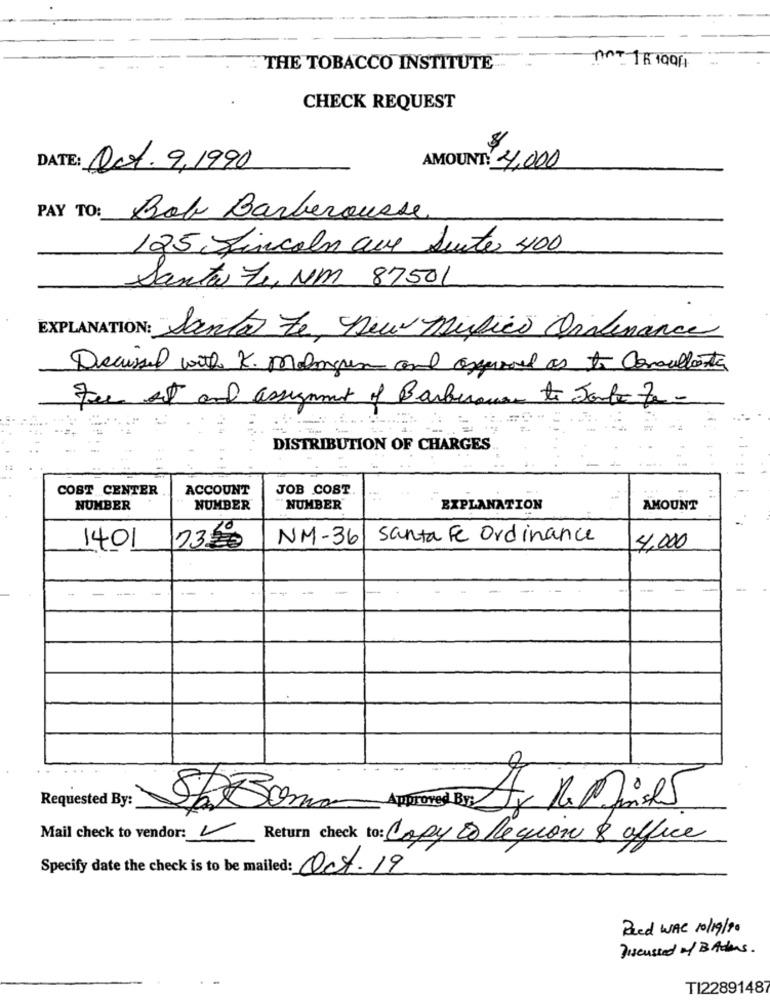
THE TOBACCO INSTITUTE
CHECK REQUEST
DATE: Oct. 9,1990
AMOUNT: 4,000
PAY TO:
Bob Barberousse
125 Lincoln que Suite 400
Santa Fe, NM 87501
EXPLANATION: Santa Le Deu Músico Onafinance
Decaissed with K. mangun and angermed as to Consultante
For st and assignment of Barberousse to Joule for-
DISTRIBUTION OF CHARGES
COST CENTER
ACCOUNT
JOB COST.
NUMBER
NUMBER
NUMBER
EXPLANATION
AMOUNT
NM-36
santa Fe Ordinance
1401
2300
4.000
-
Requested By:
Mail check to vendor: V Return check to: Copy & Region & office
Specify date the check is to be mailed: Oct.19
Reed WAL 10/19/20
Discussed of BAdas.
TI22891487